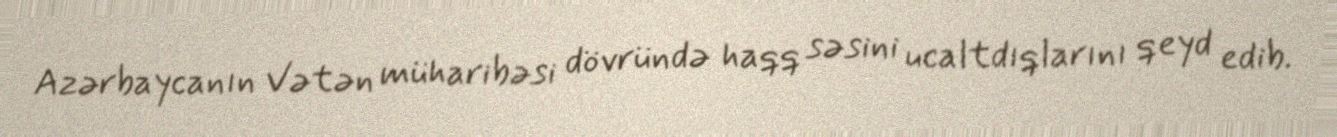
Azərbaycanın Vətən müharibəsi dövründə haqq səsini ucaltdıqlarını qeyd edib.